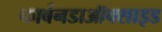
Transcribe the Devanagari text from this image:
कार्बनडाऑक्साइड